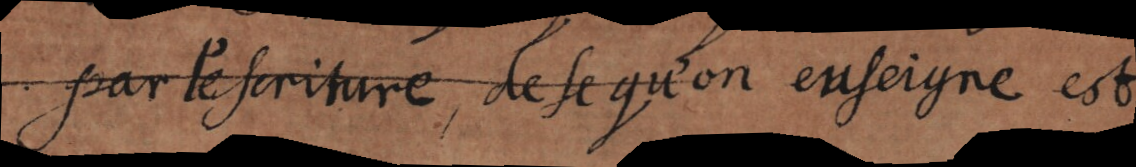
par l’ecriture, de ce qu’on enseigne est